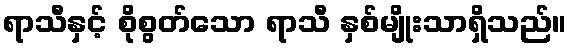
ရာသီနှင့် စိုစွတ်သော ရာသီ နှစ်မျိုးသာရှိသည်။